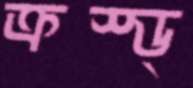
ক্রস্ড্